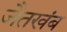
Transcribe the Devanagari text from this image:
जैतखंब